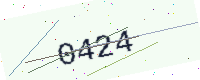
Text: 0424